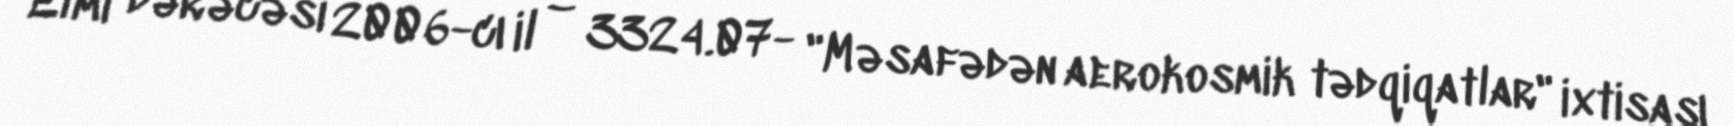
Elmi dərəcəsi 2006-cı il – 3324.07- "Məsafədən aerokosmik tədqiqatlar" ixtisası